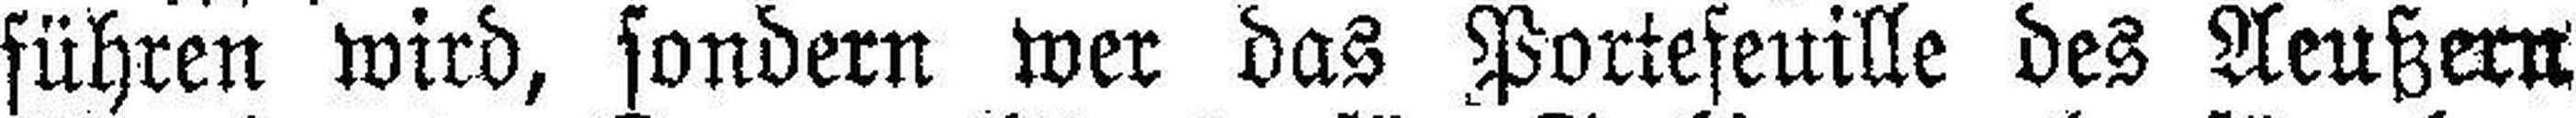
führen wird, sondern wer das Portefeuille des Aeußern